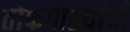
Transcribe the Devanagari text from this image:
तोफगोळ्यांची